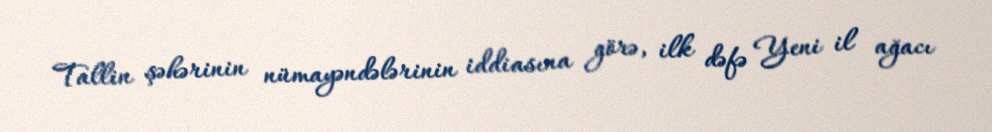
Tallin şəhərinin nümayəndələrinin iddiasına görə, ilk dəfə Yeni il ağacı